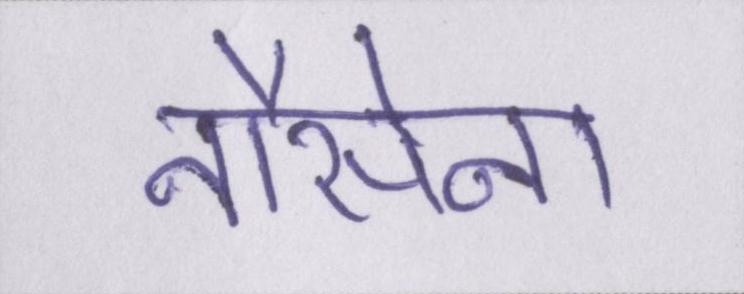
नौसेना